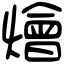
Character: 燴